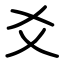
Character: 爻